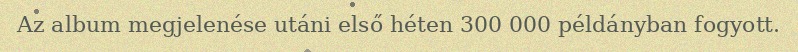
Az album megjelenése utáni első héten 300 000 példányban fogyott.